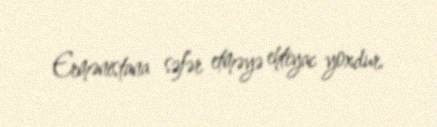
Ermənistana səfər etməyə ehtiyac yoxdur.